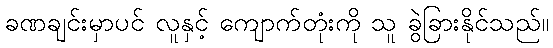
ခဏချင်းမှာပင် လူနှင့် ကျောက်တုံးကို သူ ခွဲခြားနိုင်သည်။